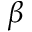
\beta